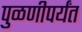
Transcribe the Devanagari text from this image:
पुळणीपर्यंत